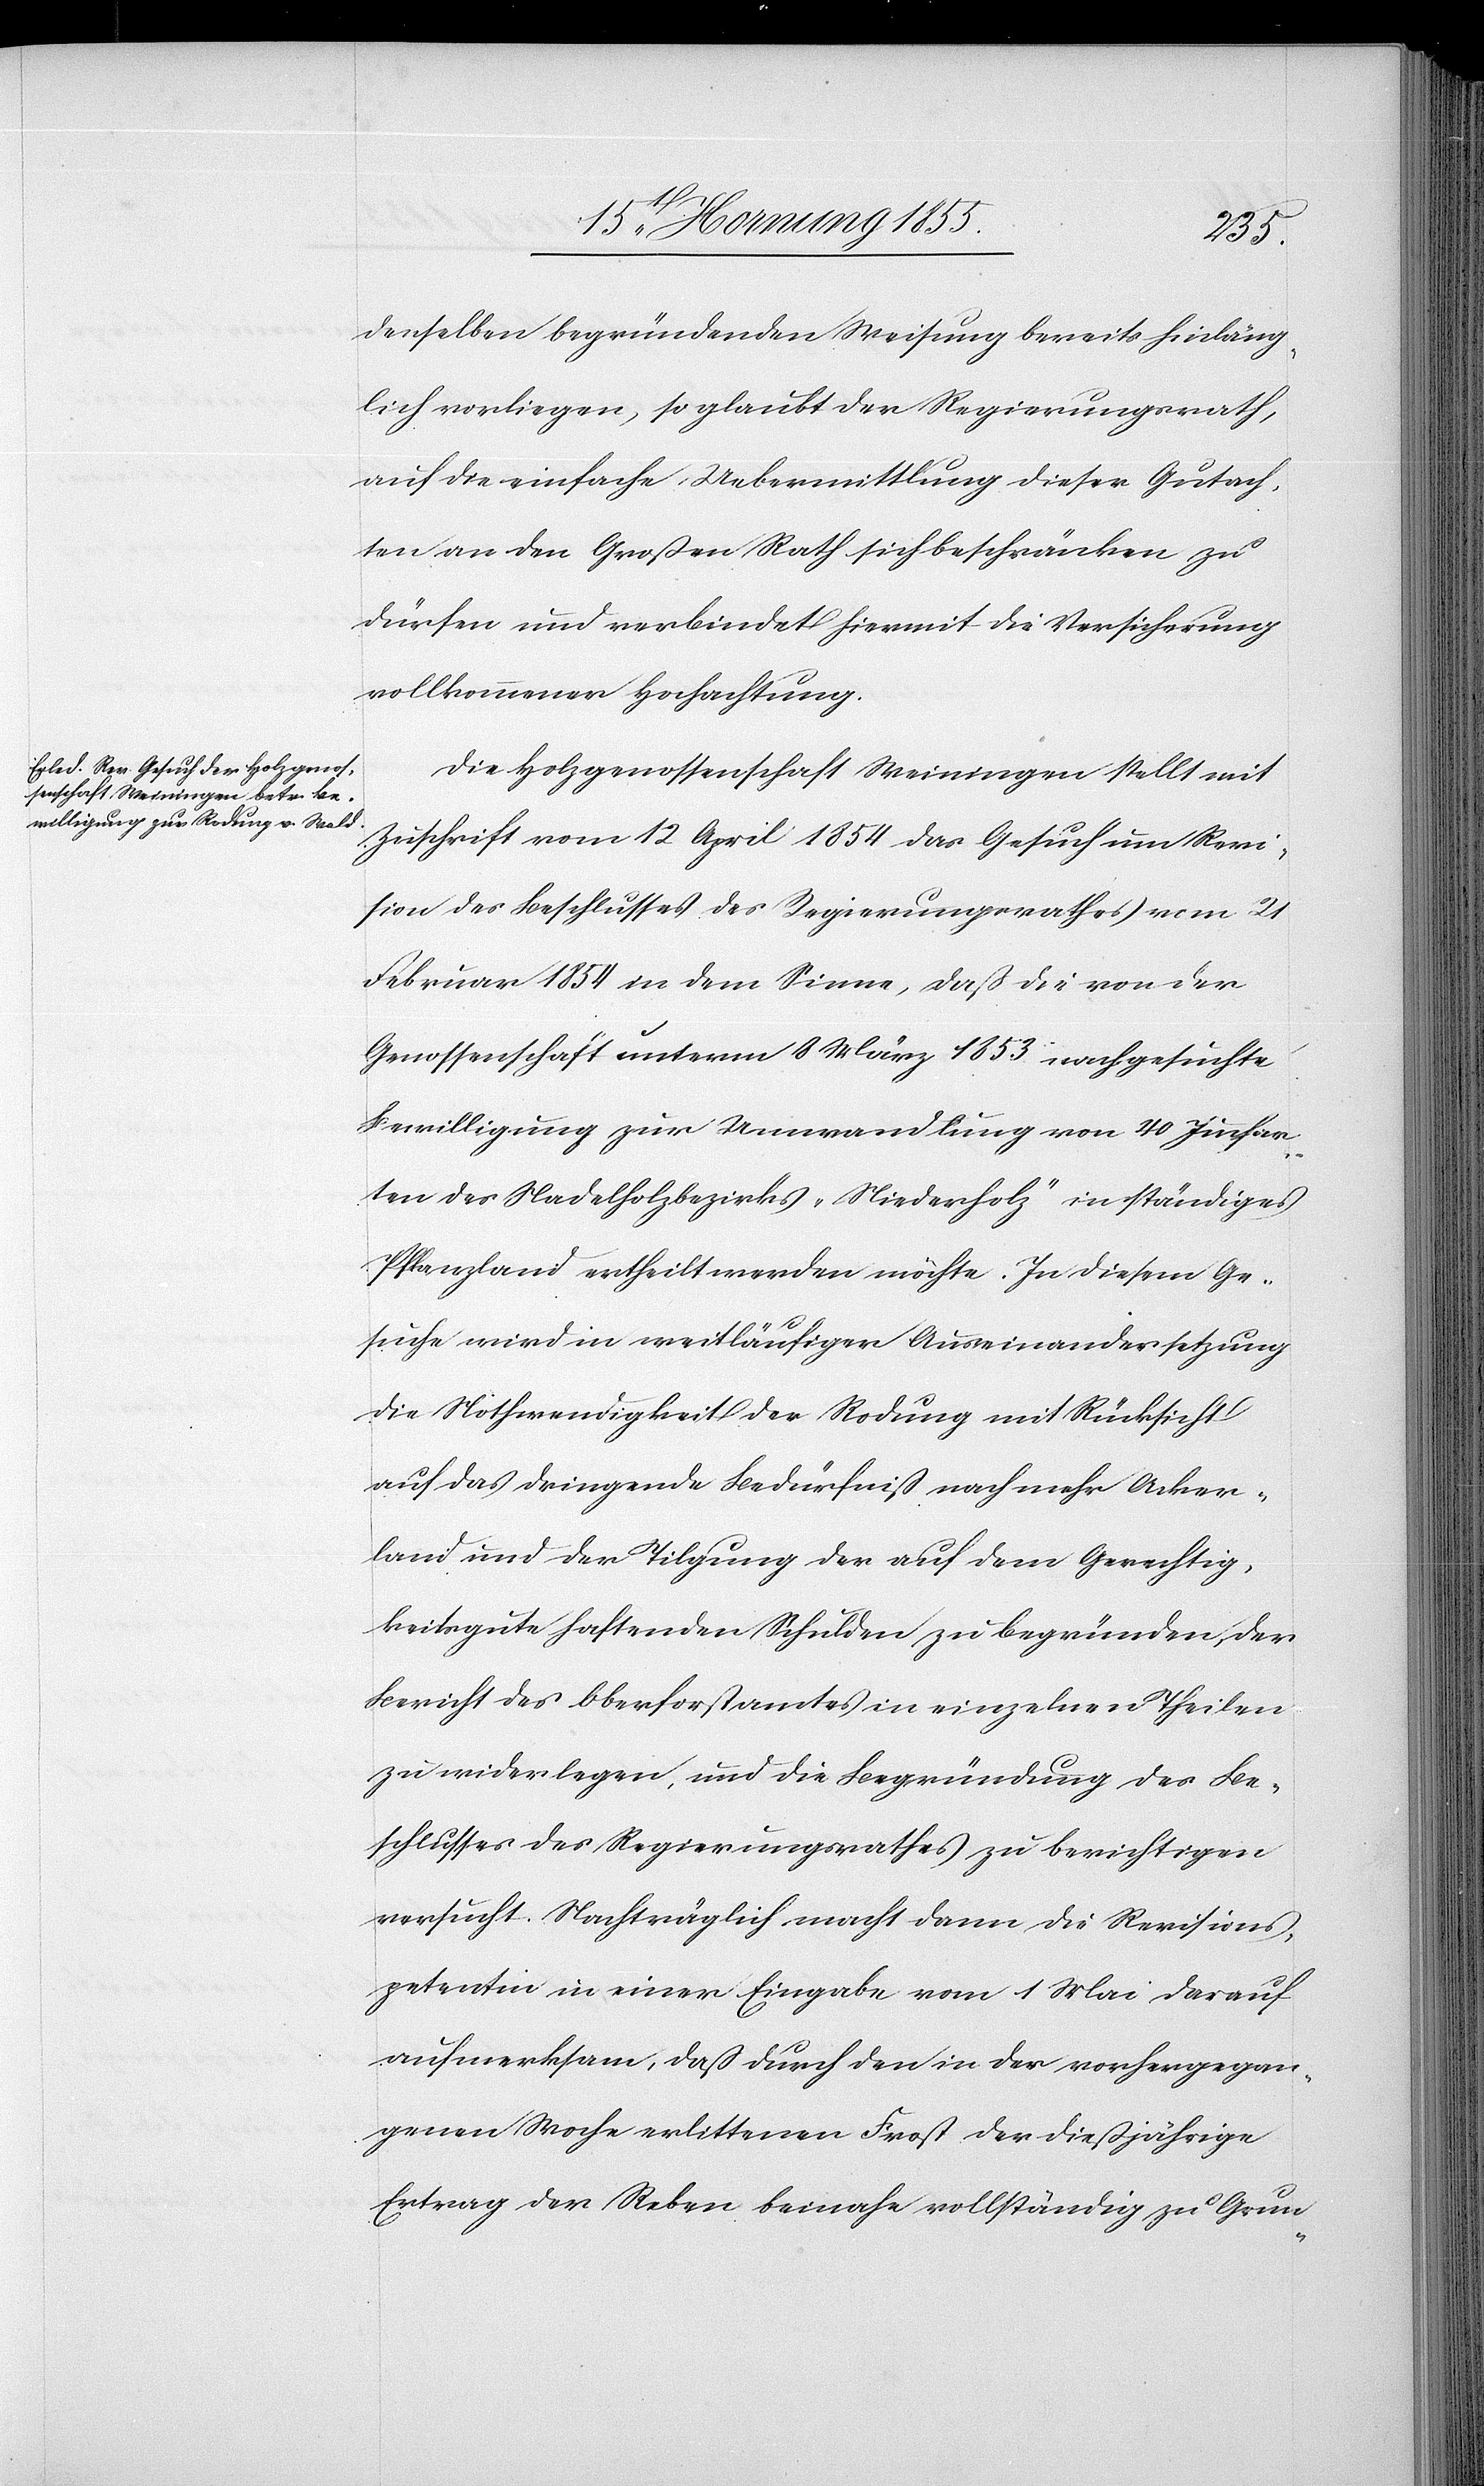
denselben begründenden Weisung bereits hinläng¬
lich vorliegen, so glaubt der Regierungsrath,
auf die einfache Uebermittlung dieser Gutach¬
ten an den Großen Rath sich beschränken zu
dürfen und verbindet hiermit die Versicherung
vollkommener Hochachtung.
Die Holzgenossenschaft Weiningen stellt mit
Zuschrift vom 12 April 1854 das Gesuch um Revi¬
sion des Beschlusses des Regierungsrathes vom 21
Februar 1854 in dem Sinne, daß die von der
Genossenschaft unterm 8 März 1853 nachgesuchte
Bewilligung zur Umwandlung von 40 Juchar¬
ten des Nadelholzbezirks „Niederholz“ in ständiges
Pflanzland ertheilt werden möchte. In diesem Ge¬
suche wird in weitläufiger Auseinandersetzung
die Nothwendigkeit der Rodung mit Rücksicht
auf das dringende Bedürfniß nach mehr Acker¬
land und der Tilgung der auf dem Gerechtig¬
keitsgute haftenden Schulden zu begründen, der
Bericht des Oberforstamtes in einzelnen Theilen
zu widerlegen, und die Begründung des Be¬
schlusses des Regierungsrathes zu berichtigen
versucht. Nachträglich macht dann die Revisions¬
petentin in einer Eingabe vom 1 Mai darauf
aufmerksam, daß durch den in der vorhergegan¬
genen Woche erlittenen Frost der dießjährige
Ertrag der Reben beinahe vollständig zu Grun-